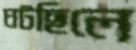
ঘটছিলে